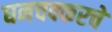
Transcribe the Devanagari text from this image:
घनचक्करचे